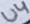
Text: U4